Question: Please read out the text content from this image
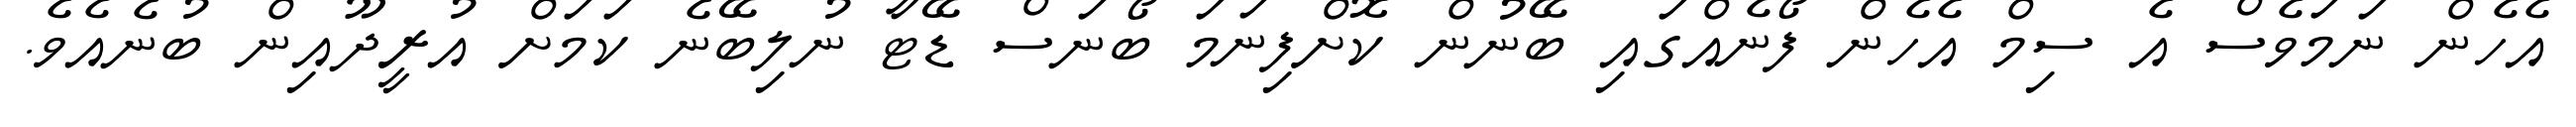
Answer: އެހެން ނަމަވެސް އެ ސިމް އެހެން ފޯނެއްގައި ބޭނުން ކޮށްފިނަމަ ބޯނަސް ޑޭޓާ ނުލިބޭނެ ކަމަށް އުރީދޫއިން ބުނެއެވެ.